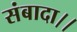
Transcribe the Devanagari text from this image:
संबादा।।